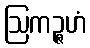
ဩကဉ္ဇဟံ